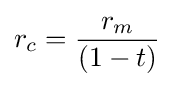
r_{c}={\frac {r_{m}}{(1-t)}}